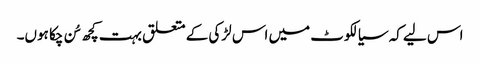
اس لیے کہ سیالکوٹ میں اس لڑکی کے متعلق بہت کچھ سُن چکا ہوں۔